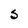
Character: S